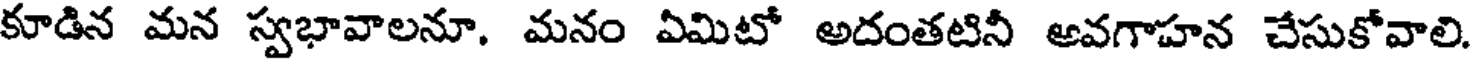
కూడిన మన స్వభావాలనూ. మనం ఏమిటో అదంతటినీ అవగాహన చేసుకోవాలి.